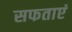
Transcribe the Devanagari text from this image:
सफताएं